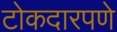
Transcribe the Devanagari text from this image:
टोकदारपणे